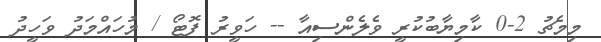
މިމެޗު 2-0 ކާމިޔާބުކުރީ ވެލެންސިއާ -- ހަވީރު ފޮޓޯ / މުހައްމަދު ވަހީދު